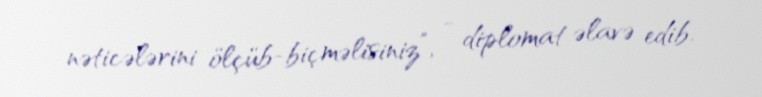
nəticələrini ölçüb-biçməlisiniz”, - diplomat əlavə edib.